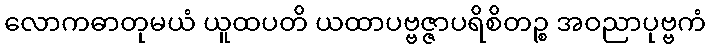
လောကဓာတုမယံ ယူထပတိ ယထာပဗ္ဗဇ္ဇာပရိစိတဉ္စ အဝညာပုဗ္ဗကံ